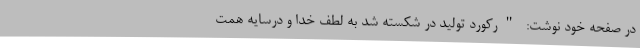
در صفحه خود نوشت: "رکورد تولید در شکسته شد به لطف خدا و درسایه همت